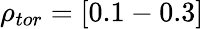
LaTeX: \rho_{tor}=[0.1-0.3]